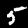
Label: 5